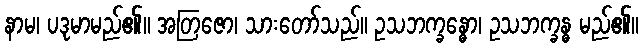
နာမ၊ ပဒုမာမည်၏။ အတြဇော၊ သားတော်သည်။ ဥသဘက္ခန္ဓော၊ ဥသဘက္ခန္ဓ မည်၏။